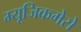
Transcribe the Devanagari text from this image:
म्यूजिकमेसे